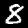
Digit: 8